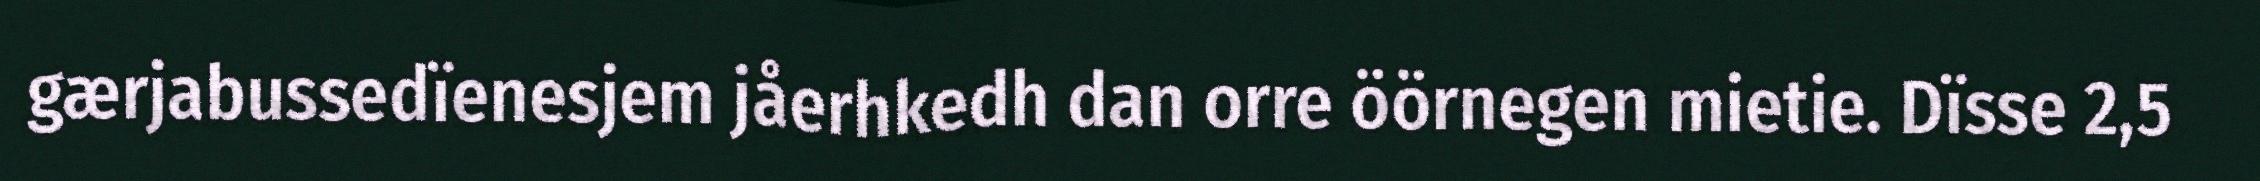
gærjabussedïenesjem jåerhkedh dan orre öörnegen mietie. Dïsse 2,5